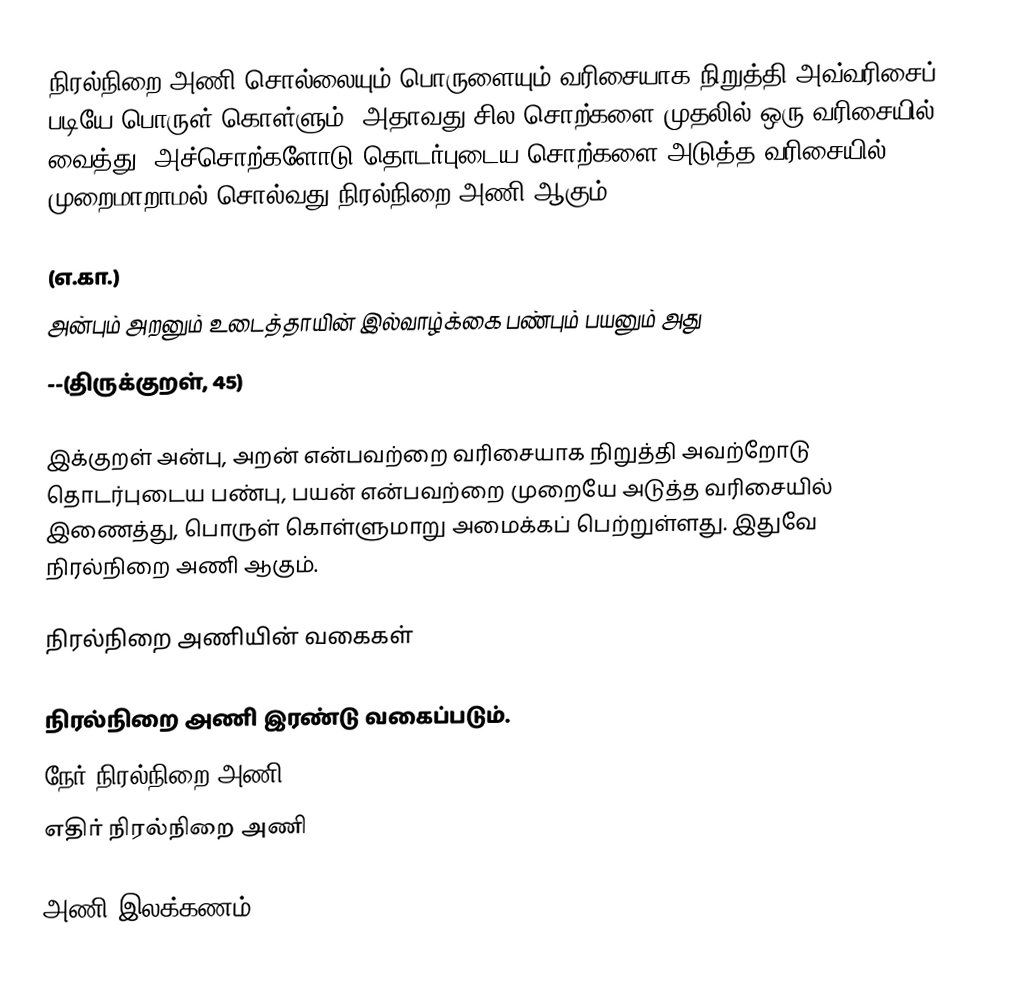
நிரல்நிறை அணி சொல்லையும் பொருளையும் வரிசையாக நிறுத்தி அவ்வரிசைப் படியே பொருள் கொள்ளும். அதாவது சில சொற்களை முதலில் ஒரு வரிசையில் வைத்து, அச்சொற்களோடு தொடர்புடைய சொற்களை அடுத்த வரிசையில் முறைமாறாமல் சொல்வது நிரல்நிறை அணி ஆகும்.

(எ.கா.)
அன்பும் அறனும் உடைத்தாயின் இல்வாழ்க்கை பண்பும் பயனும் அது
                        --(திருக்குறள், 45)

இக்குறள் அன்பு, அறன் என்பவற்றை வரிசையாக நிறுத்தி அவற்றோடு தொடர்புடைய பண்பு, பயன் என்பவற்றை முறையே அடுத்த வரிசையில் இணைத்து, பொருள் கொள்ளுமாறு அமைக்கப் பெற்றுள்ளது. இதுவே நிரல்நிறை அணி ஆகும்.

நிரல்நிறை அணியின் வகைகள்

நிரல்நிறை அணி இரண்டு வகைப்படும்.
 நேர் நிரல்நிறை அணி
 எதிர் நிரல்நிறை அணி

அணி இலக்கணம்